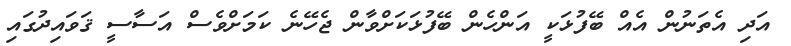
އަދި އެތަނުން އެއް ބޭފުޅަކީ އަންހެން ބޭފުޅަކަށްވާން ޖެހޭނެ ކަމަށްވެސް އަސާސީ ޤަވައިދުގައި